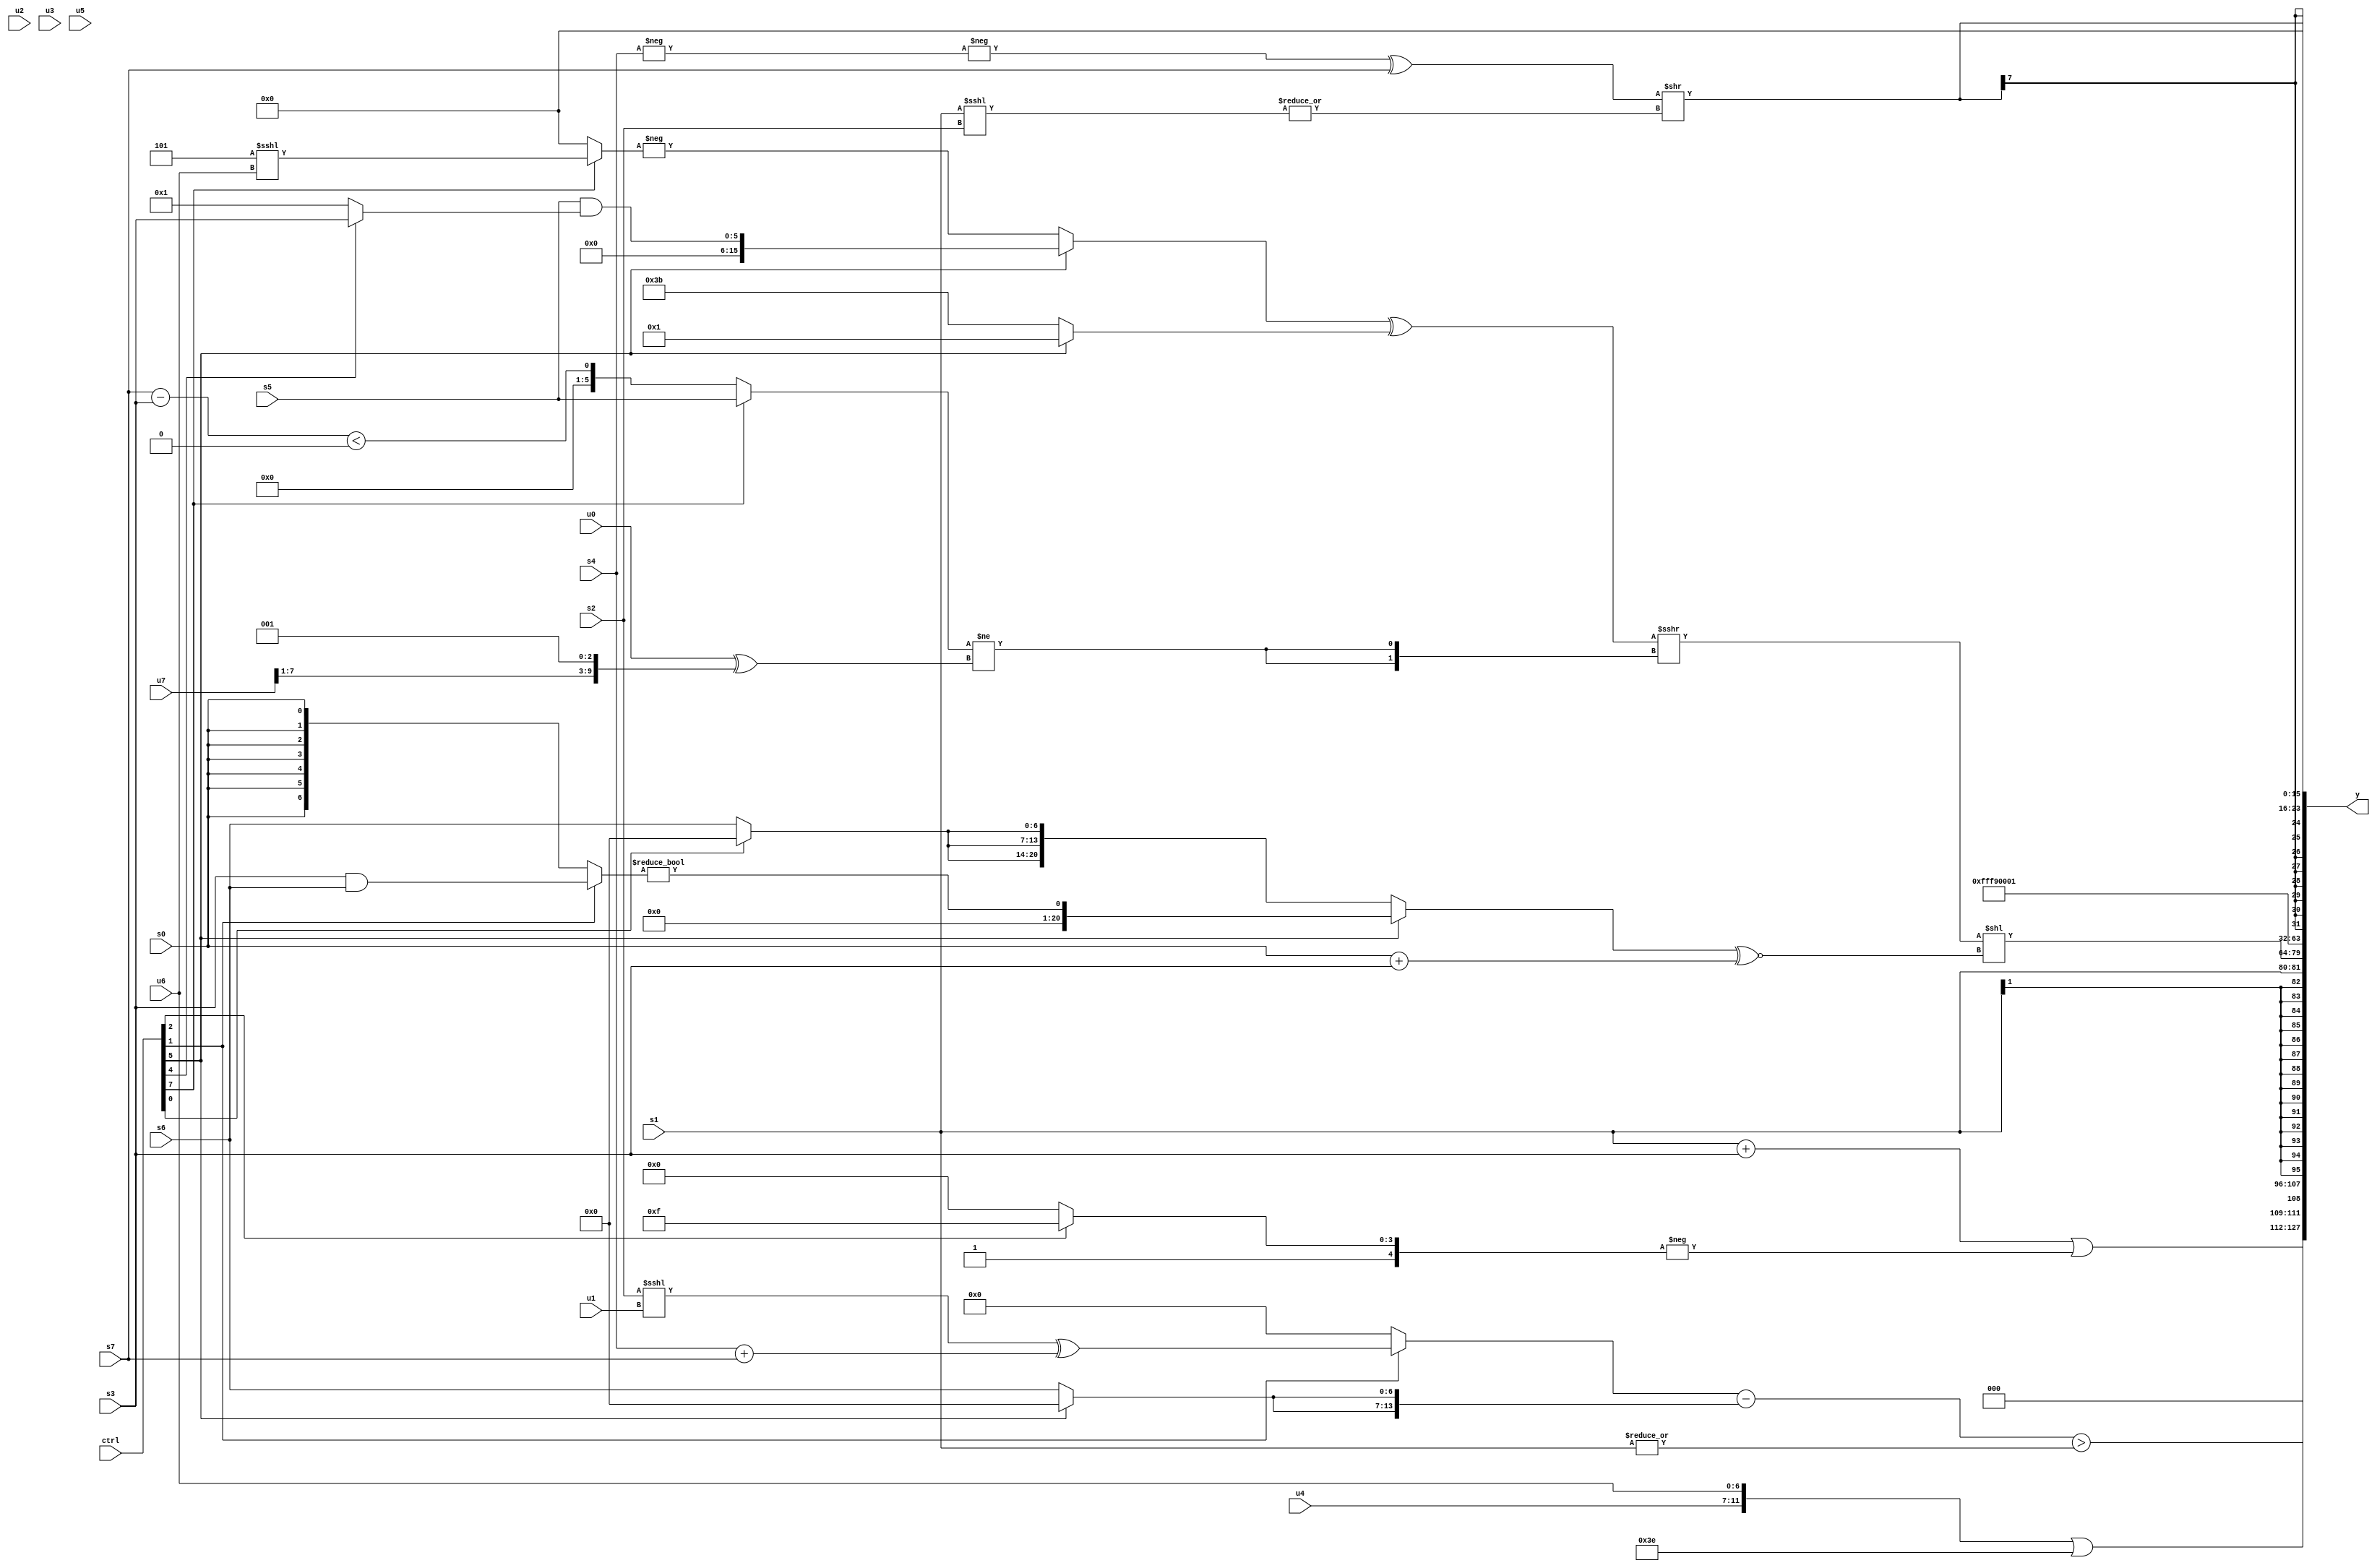
module wideexpr_00428(ctrl, u0, u1, u2, u3, u4, u5, u6, u7, s0, s1, s2, s3, s4, s5, s6, s7, y);
  input [7:0] ctrl;
  input [0:0] u0;
  input [1:0] u1;
  input [2:0] u2;
  input [3:0] u3;
  input [4:0] u4;
  input [5:0] u5;
  input [6:0] u6;
  input [7:0] u7;
  input signed [0:0] s0;
  input signed [1:0] s1;
  input signed [2:0] s2;
  input signed [3:0] s3;
  input signed [4:0] s4;
  input signed [5:0] s5;
  input signed [6:0] s6;
  input signed [7:0] s7;
  output [127:0] y;
  wire [15:0] y0;
  wire [15:0] y1;
  wire [15:0] y2;
  wire [15:0] y3;
  wire [15:0] y4;
  wire [15:0] y5;
  wire [15:0] y6;
  wire [15:0] y7;
  assign y = {y0,y1,y2,y3,y4,y5,y6,y7};
  assign y0 = ($signed(+((s1)+(s3))))|(-((ctrl[2]?5'b11111:5'b10000)));
  assign y1 = {(((ctrl[1]?((s2)<<<(u1))^((s4)+(s7)):(5'sb10100)>((3'sb100)&(6'sb000000))))-({2{(ctrl[5]?{1{1'sb0}}:$unsigned(s6))}}))>($signed(|(s1))),({u4,{1{u6}}})|($signed({(ctrl[6]?-(5'sb00001):$signed(2'sb11)),$signed((1'b0)<<(3'b000))}))};
  assign y2 = s1;
  assign y3 = ((((ctrl[5]?$signed((+(s5))&((ctrl[4]?s3:2'sb01))):-((ctrl[7]?(3'b101)<<<(u6):&(1'sb0)))))^((ctrl[5]?+($signed((2'sb00)^(3'sb001))):6'sb111011)))>>>({2{((ctrl[7]?$signed(s5):((s7)-(s3))<((4'sb0101)<<<(5'b01001))))!=(({+(u0)})^({(u7)>>>(3'sb001),(ctrl[5]?3'sb001:2'sb01)}))}}))<<(($signed((ctrl[5]?((ctrl[1]?(s3)&(s6):$signed(s0)))!=(3'sb000):{3{(ctrl[0]?(u0)>>(5'sb10010):$unsigned(s6))}})))^~(($signed(s0))+(s3)));
  assign y4 = $signed(6'b111001);
  assign y5 = 3'sb001;
  assign y6 = $signed(($signed((-(-(s4)))^(s7)))>>(|($signed($signed((s1)<<<(s2))))));
  assign y7 = (+($signed((3'sb101)^(+(((ctrl[0]?(1'sb1)^~(s0):+(s6)))-($signed($signed(5'b00010))))))))<<(6'sb111111);
endmodule